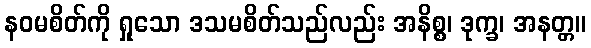
နဝမစိတ်ကို ရှုသော ဒသမစိတ်သည်လည်း အနိစ္စ၊ ဒုက္ခ၊ အနတ္တ။